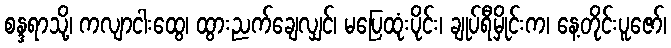
စန္ဒရာသို့၊ ကလျာငါးထွေ၊ ထွားညက်ချေလျှင်၊ မပြေထုံးပိုင်း၊ ချုပ်ရီမှိုင်းက၊ နေ့တိုင်းပူဇော်၊